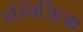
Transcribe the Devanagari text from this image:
हस्तिजिह्वा